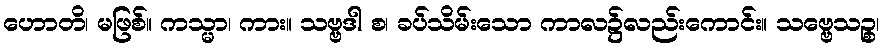
ဟောတိ၊ မဖြစ်။ ကသ္မာ၊ ကား။ သဗ္ဗဒါ စ၊ ခပ်သိမ်းသော ကာလ၌လည်းကောင်း။ သဗ္ဗေသဉ္စ၊